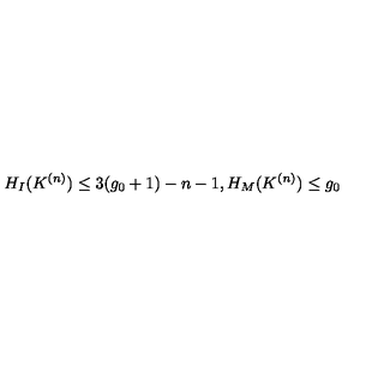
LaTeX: H _ { I } ( K ^ { ( n ) } ) \leq 3 ( g _ { 0 } + 1 ) - n - 1 , H _ { M } ( K ^ { ( n ) } ) \leq g _ { 0 }